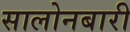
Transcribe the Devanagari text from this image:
सालोनबारी